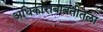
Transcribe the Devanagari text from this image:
अधिकाराबाबतीतला